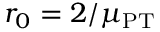
r _ { 0 } = 2 / \mu _ { \mathrm { P T } }